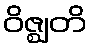
ဝိဇ္ဈတိ